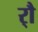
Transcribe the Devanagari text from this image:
र्‍ाै